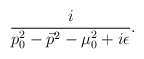
\begin{align*}\frac{i}{p_0^2-\vec{p}^2-\mu_0^2+i\epsilon}.\end{align*}